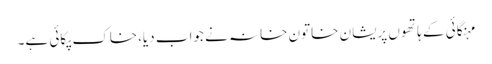
مہنگائی کے ہاتھوں پریشان خاتون خانہ نے جواب دیا،خاک پکائی ہے۔